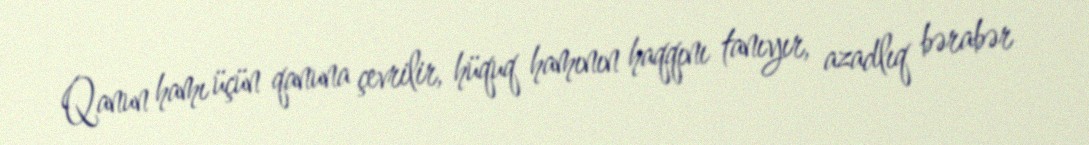
Qanun hamı üçün qanuna çevrilir, hüquq hamının haqqını tanıyır, azadlıq bərabər